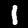
Label: 1